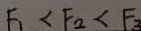
F _ { 1 } < F _ { 2 } < F _ { 3 }